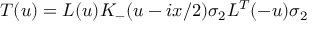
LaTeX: { \cal T } ( u ) = L ( u ) K _ { - } ( u - i x / 2 ) \sigma _ { 2 } L ^ { T } ( - u ) \sigma _ { 2 }